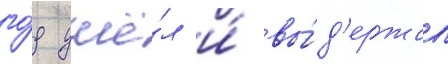
го́д ушё́л и́ вы́д'ержал